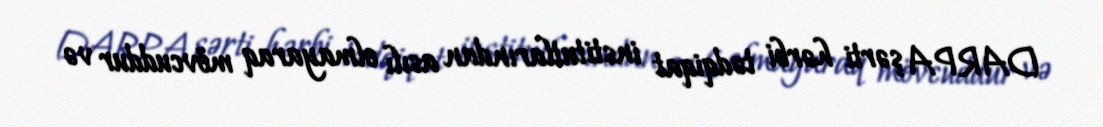
DARPA şərti hərbi tədqiqat institutlarından asılı olmayaraq mövcuddur və